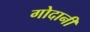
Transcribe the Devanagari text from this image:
गोदानी